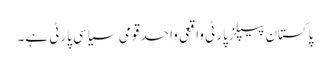
پاکستان پیپلز پارٹی واقعی واحد قومی سیاسی پارٹی ہے۔